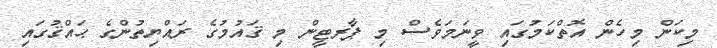
މިކަން މިހެން އޮތްކަމުގައި ވީނަމަވެސް މި ޕާރޓީން މި ޤައުމުގެ ރައްޔިތުންގެ ޙައްޤުގައި